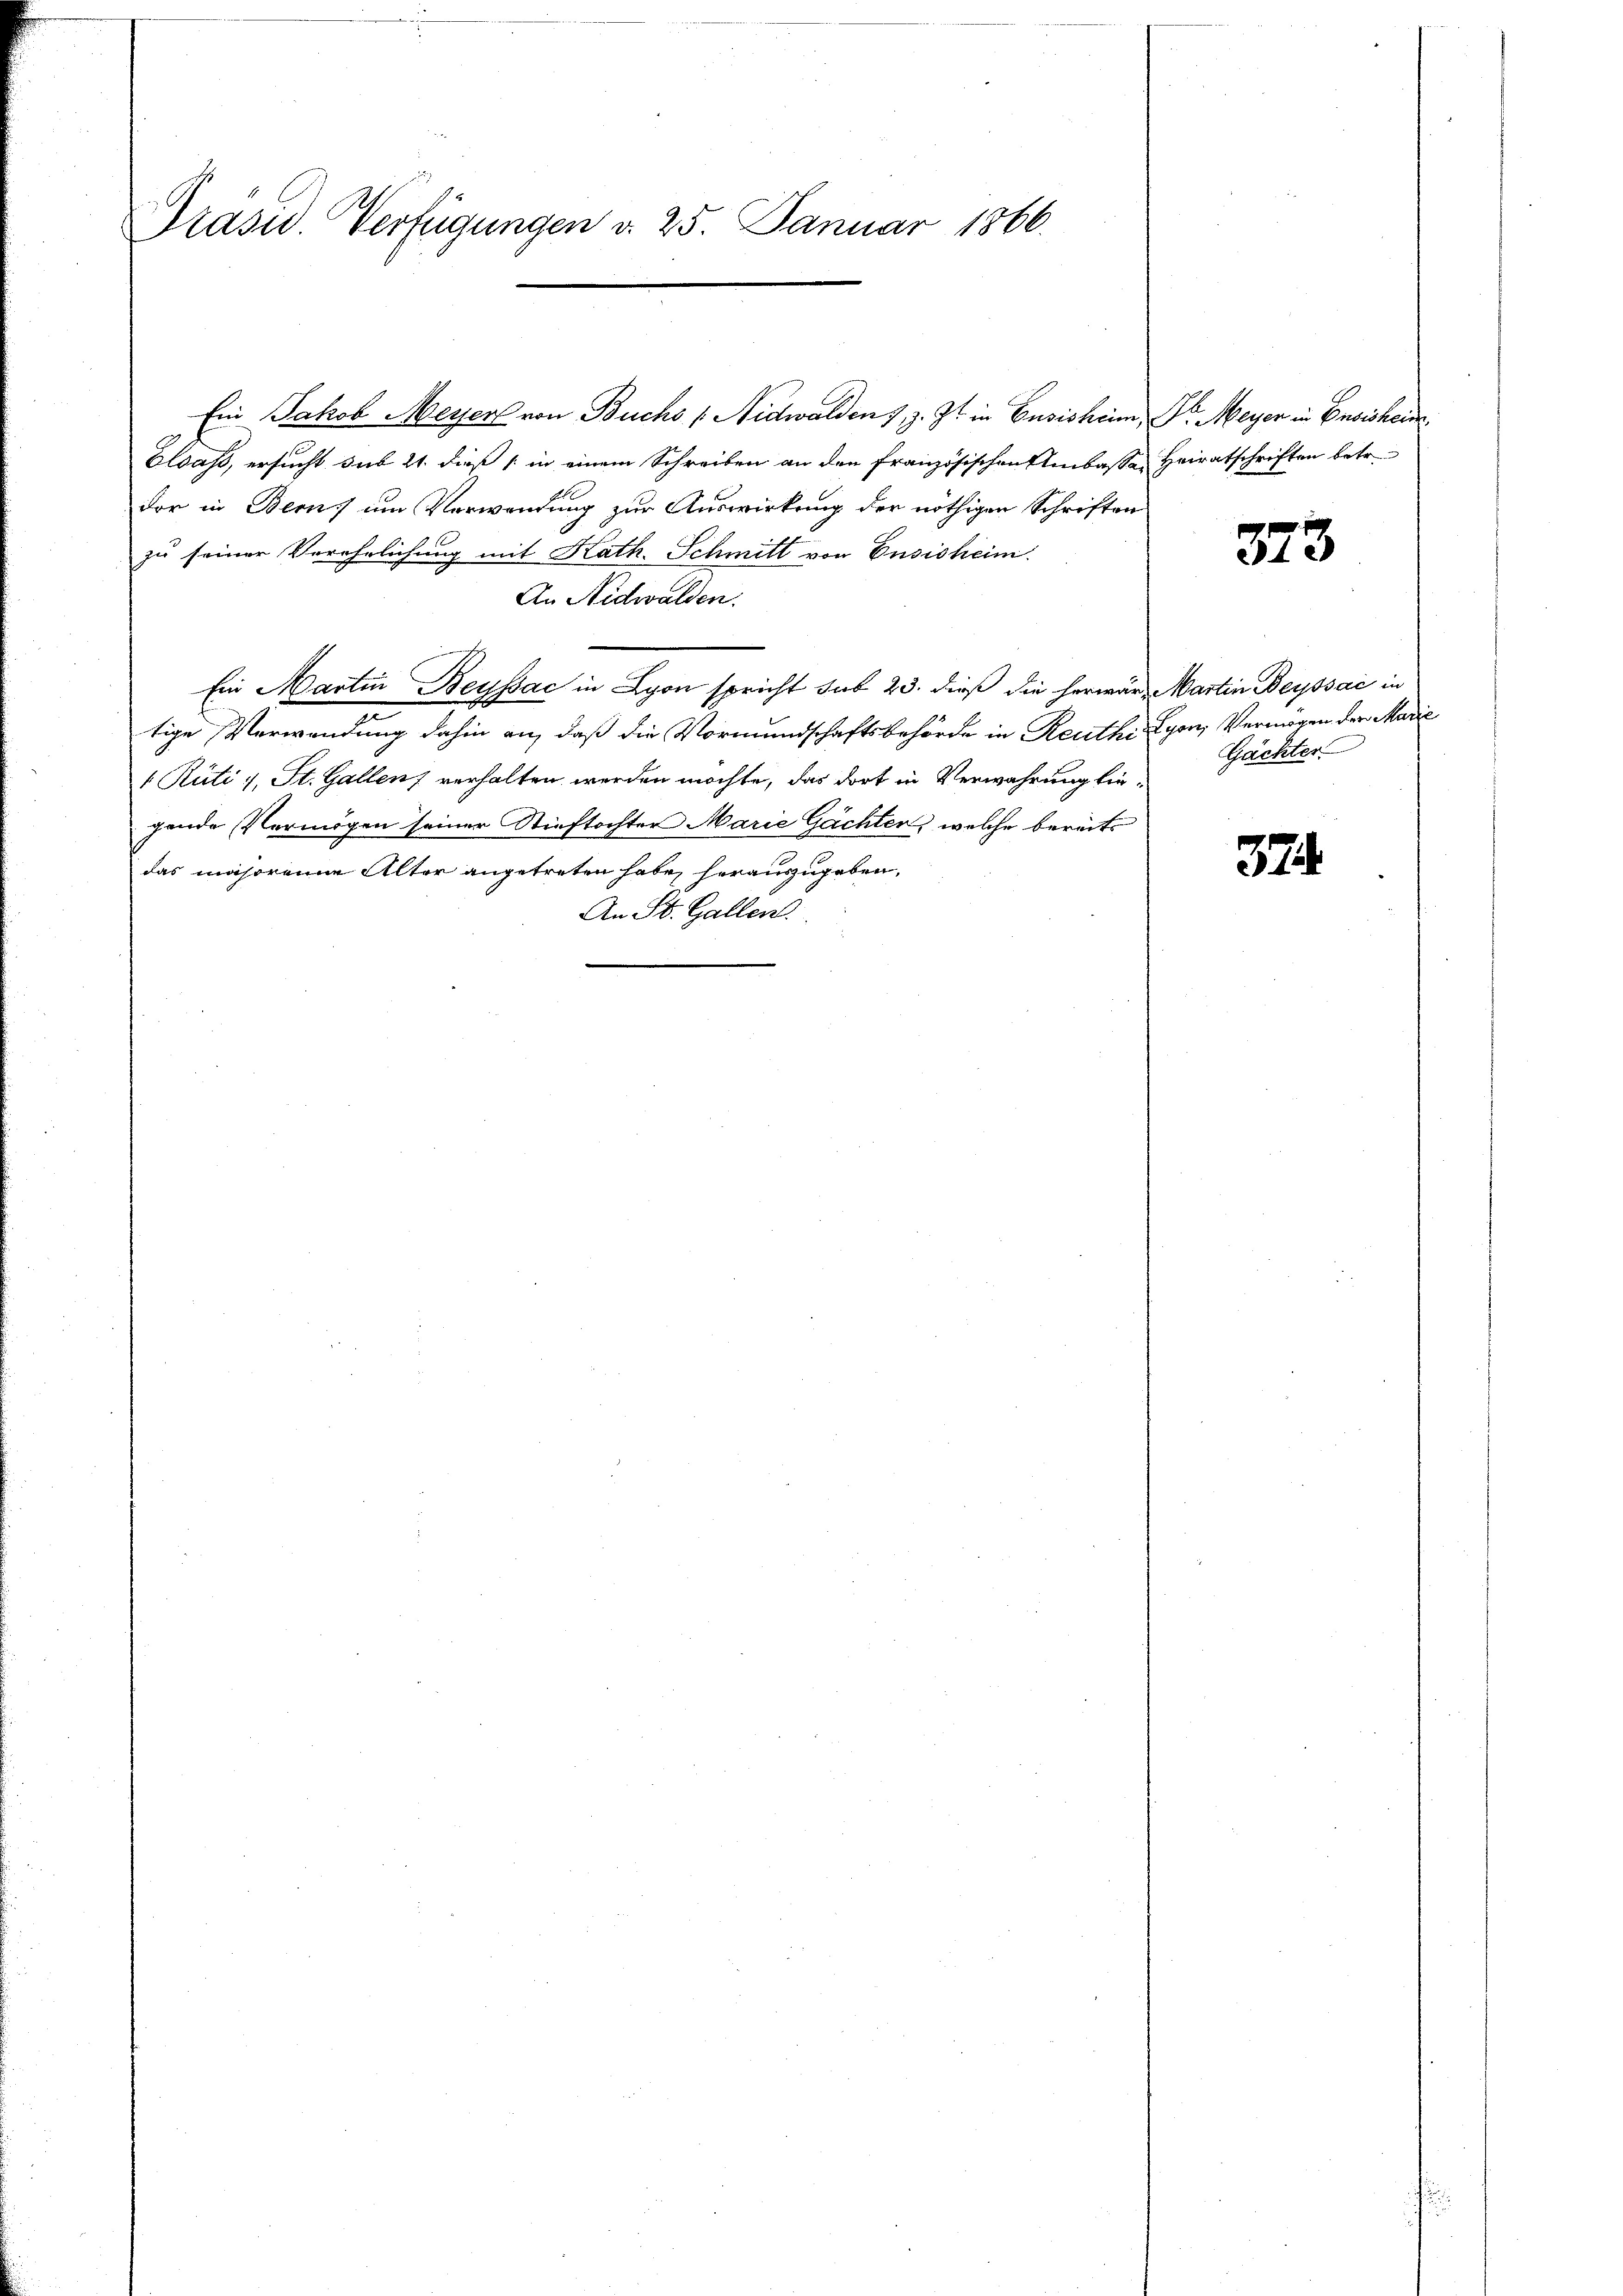
Präsid. Verfügungen d. 25. Januar 1866.

Ein Jakob Meyer von Buchs / Nidwalden 7, z. Zt. in Eusisheim, Dr. Meyer in Basishau
Elsass, ersucht sub 21. dieß (in einem Schreiben an den französischen Ambasse Heiratschriften betr.
dor in Bern um Verwendung zur Auswirkung der nöthigen Schriften
zu seiner Verehelichung mit Kath. Schmitt von Ensisheim.
An Nidwalden.
Ein Martin Beyssac in Lyon spricht sub 23. dieß die herwär, Martin Beyssac in
n
tige Verwendung dahin an, daß die Vormundschaftsbehörde in Reuthe Lyon, Vermögen der Marie
 Rüti & St. Gallen verhalten werden möchte, das dort in Verwahrung liegende Vermögen seiner Stieftochter Marie Gachter, welche bereits
das majoreine Alter angetreten habe, herauszugeben,
An St. Gallen.

373

Gächter

374